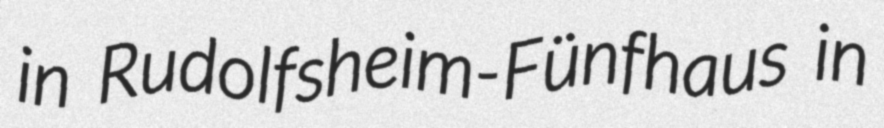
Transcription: in Rudolfsheim-Fünfhaus in